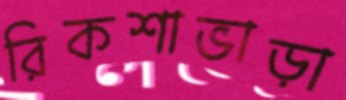
রিকশাভাড়া